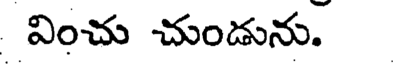
వించు చుండును.